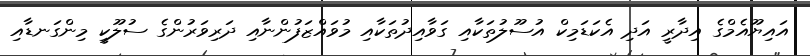
އައިޔޫއެމްގެ އިދާރީ އަދި އެކަޑަމިކް އުސޫލުތަކާއި ގަވާއިދުތަކާއި މުވައްޒަފުންނާއި ދަރިވަރުންގެ ސުލޫކީ މިންގަނޑާއި